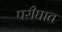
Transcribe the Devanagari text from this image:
परीघात